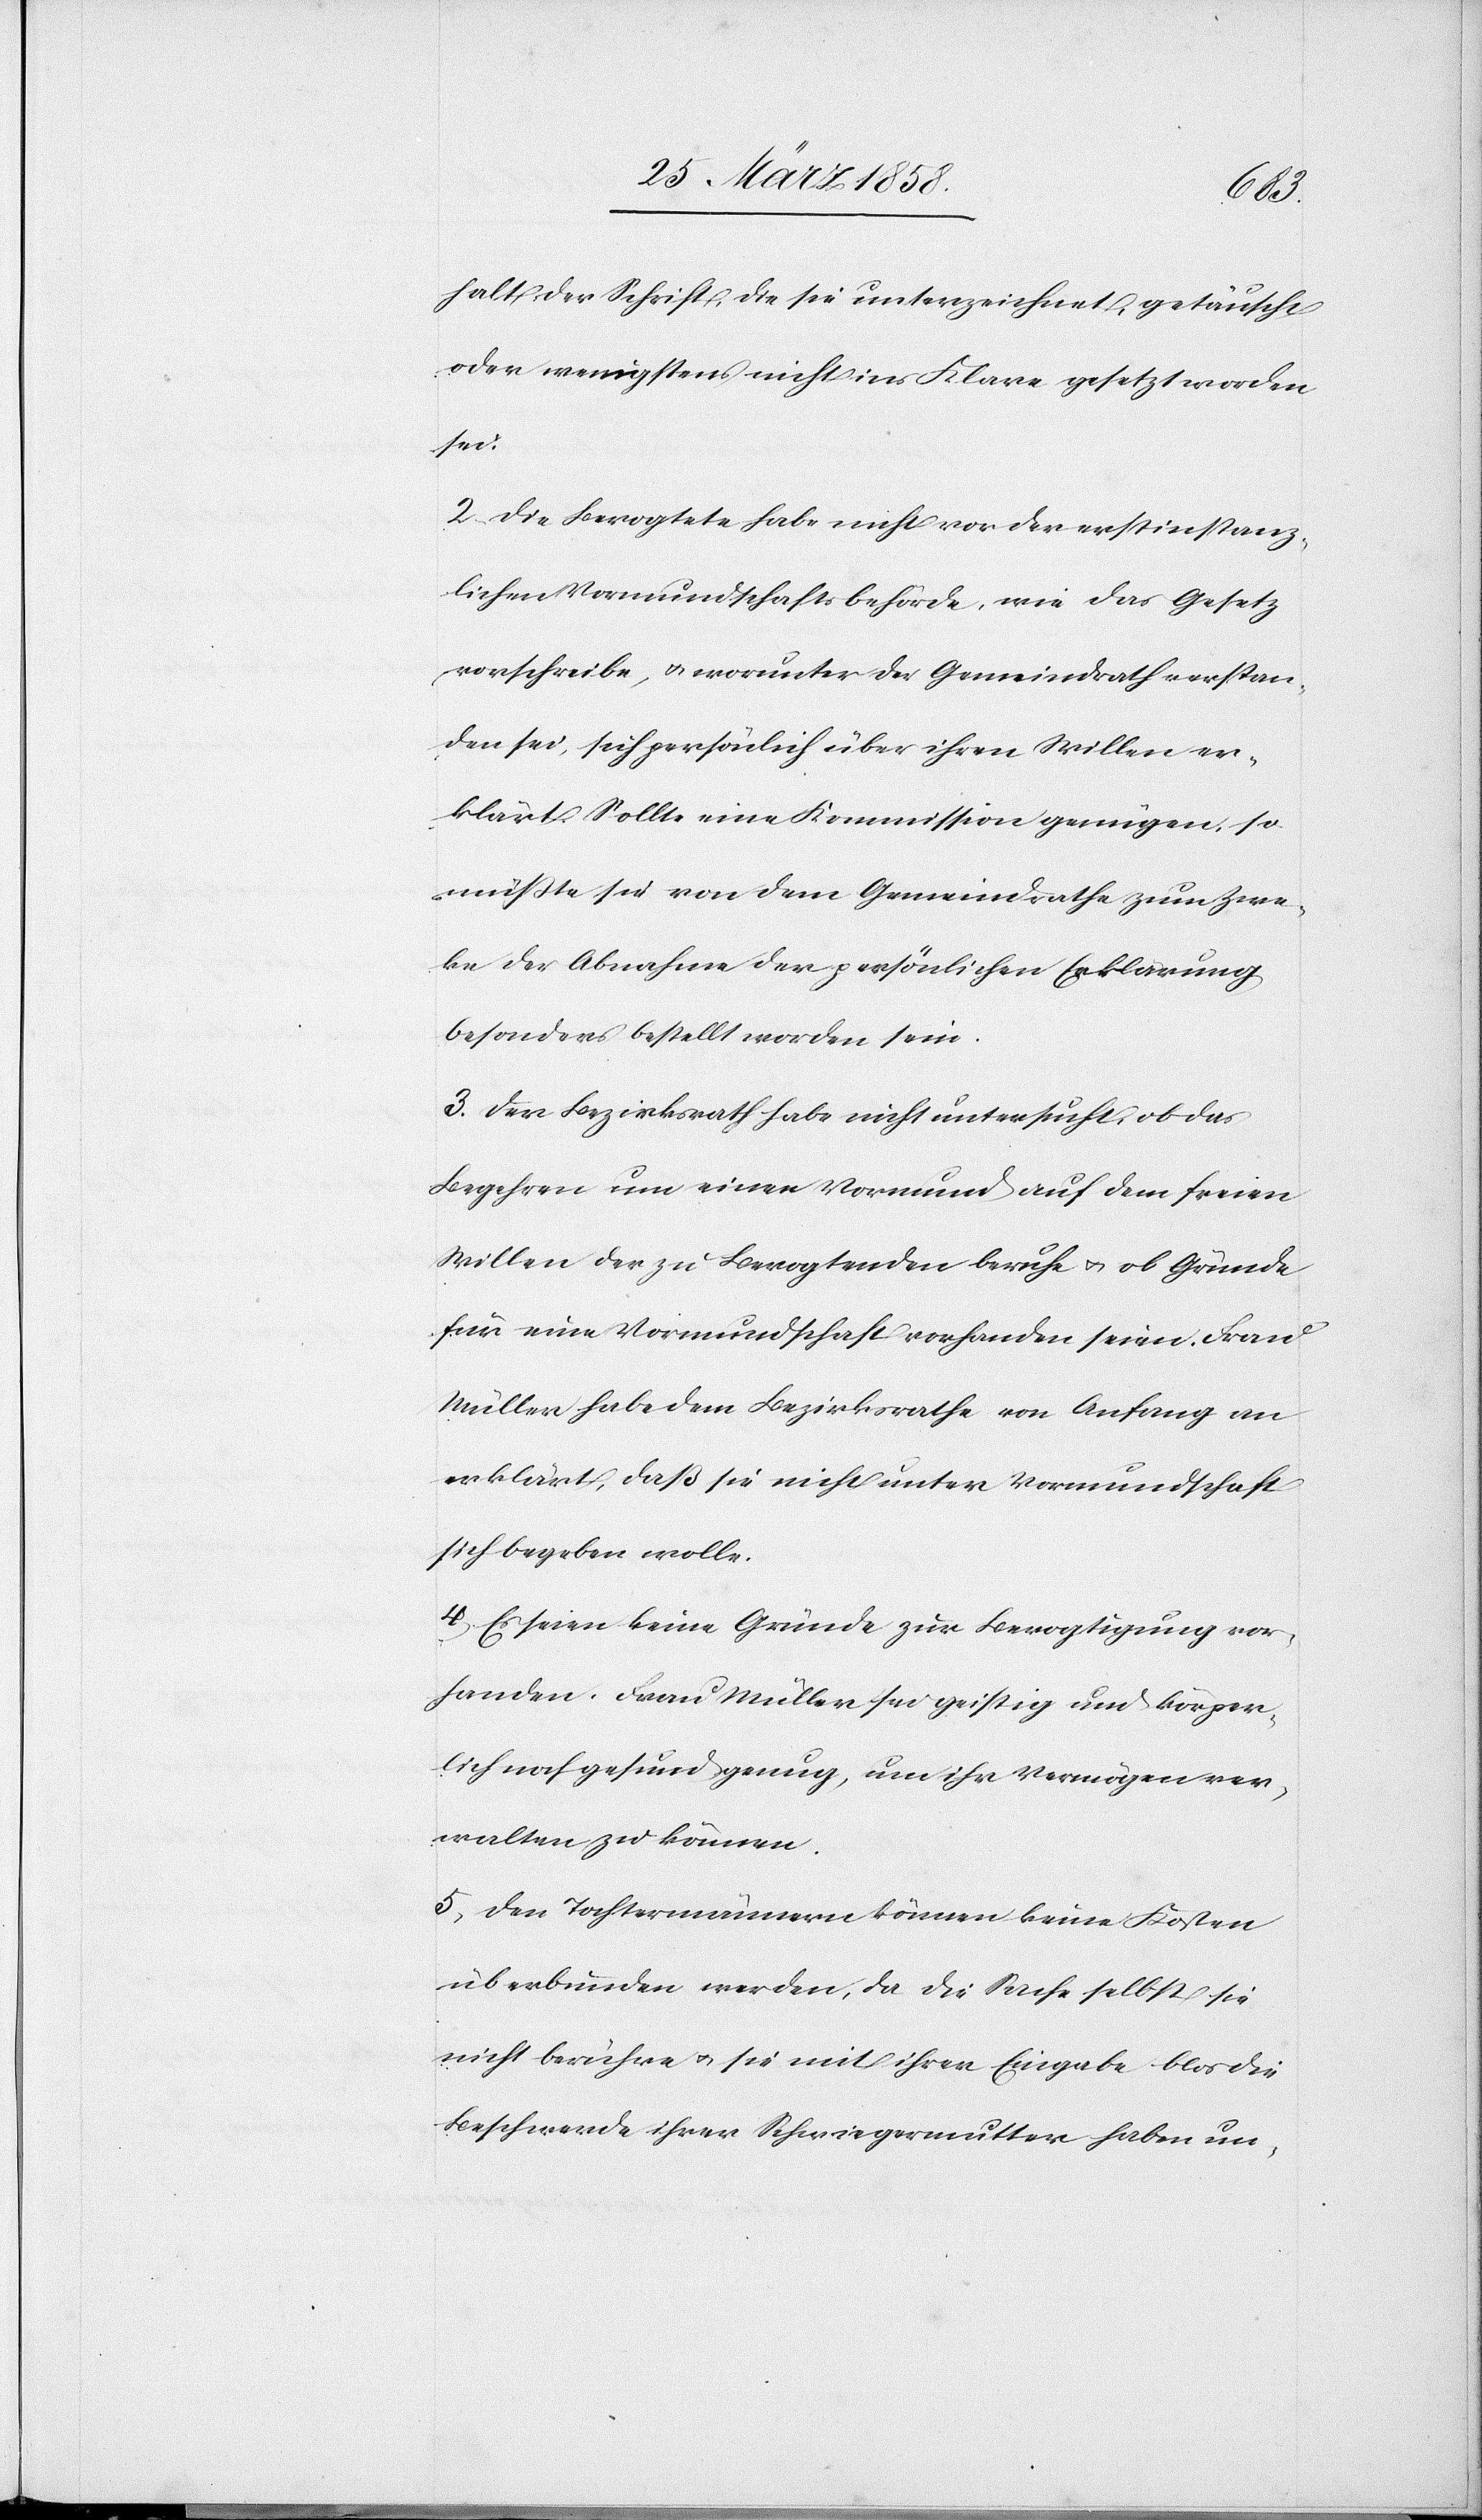
halt der Schrift, die sie unterzeichnet, getäuscht
oder wenigstens nicht ins Klare gesetzt worden
sei.
2) Die Bevogtete habe nicht vor der erstinstanz¬
lichen Vormundschaftsbehörde, wie das Gesetz
vorschreibe, u. worunter der Gemeindrath verstan¬
den sei, sich persönlich über ihren Willen er¬
klärt. Sollte eine Kommission genügen, so
müßte sie von dem Gemeindrathe zum Zwec¬
ke der Abnahme der persönlichen Erklärung
besonders bestellt worden sein.
3) Der Bezirksrath habe nicht untersucht, ob das
Begehren um einen Vormund auf dem freien
Willen der zu Bevogtenden beruhe u. ob Gründe
für eine Vormundschaft vorhanden seien. Frau
Müller habe dem Bezirksrathe von Anfang an
erklärt, daß sie nicht unter Vormundschaft
sich begeben wolle.
4) Es seien keine Gründe zur Bevogtigung vor¬
handen. Frau Müller sei geistig und körper¬
lich noch gesund genug, um ihr Vermögen ver¬
walten zu können.
5) Den Tochtermännern können keine Kosten
überbunden werden, da die Sache selbst sie
nicht berühre u. sie mit ihrer Eingabe blos die
Beschwerde ihrer Schwiegermutter haben un-